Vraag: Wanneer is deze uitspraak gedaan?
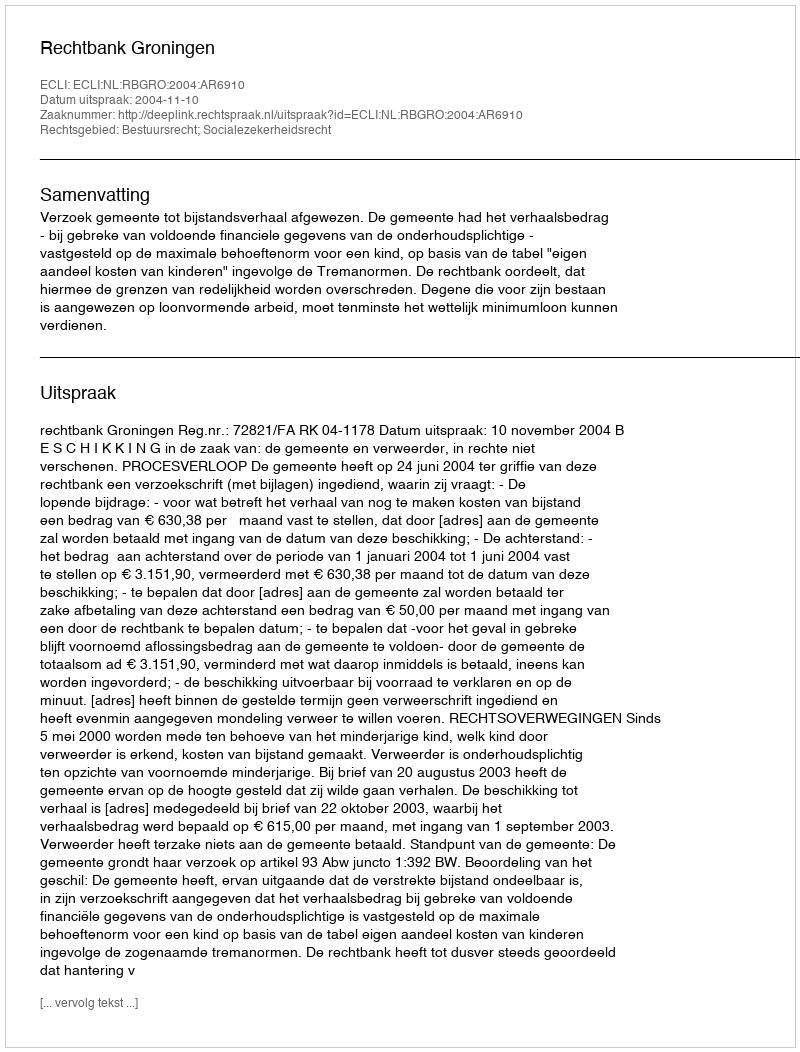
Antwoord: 2004-11-10